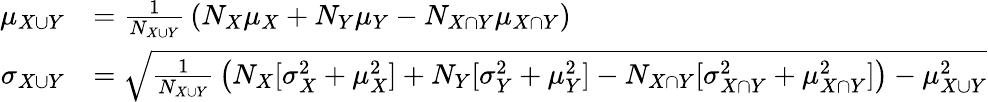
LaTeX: {\begin{array}{rl}{\mu_{X\cup Y}}&{={\frac{1}{N_{X\cup Y}}}\left(N_{X}\mu_{X}+N_{Y}\mu_{Y}-N_{X\cap Y}\mu_{X\cap Y}\right)}\\ {\sigma_{X\cup Y}}&{={\sqrt{{\frac{1}{N_{X\cup Y}}}\left(N_{X}[\sigma_{X}^{2}+\mu_{X}^{2}]+N_{Y}[\sigma_{Y}^{2}+\mu_{Y}^{2}]-N_{X\cap Y}[\sigma_{X\cap Y}^{2}+\mu_{X\cap Y}^{2}]\right)-\mu_{X\cup Y}^{2}}}}\end{array}}